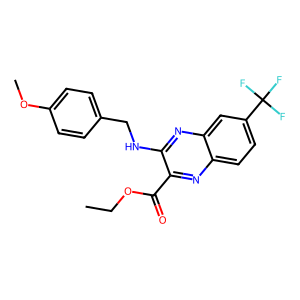
SMILES: CCOC(=O)c1nc2ccc(C(F)(F)F)cc2nc1NCc1ccc(OC)cc1
Inhibits HIV replication: No